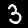
Label: 3